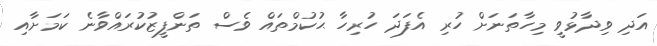
އަދި ވިދާޅުވީ މިހާތަނަށް ހުރި އެފަދަ ހުރިހާ ޙުކުމްތައް ވެސް ތަންފީޒުކުރައްވާނެ ކަމަށާއި